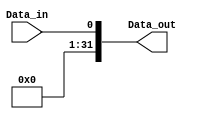
module sign_extend_1_32 (
    input wire Data_in,
    output wire [31:0] Data_out
);

    assign Data_out = {31'b0, Data_in};

endmodule